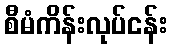
စီမံကိန်းလုပ်ငန်း